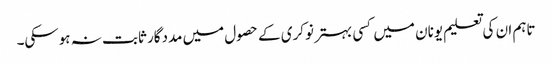
تاہم ان کی تعلیم یونان میں کسی بہتر نوکری کے حصول میں مددگار ثابت نہ ہوسکی۔